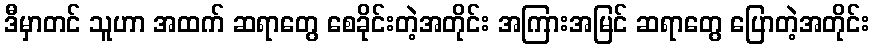
ဒီမှာတင် သူဟာ အထက် ဆရာတွေ စေခိုင်းတဲ့အတိုင်း အကြားအမြင် ဆရာတွေ ပြောတဲ့အတိုင်း